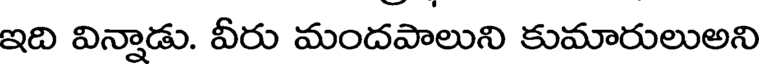
ఇది విన్నాడు. వీరు మందపాలుని కుమారులుఅని